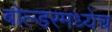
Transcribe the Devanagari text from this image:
बोल्डरमध्येच